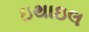
ઇથાઇલ